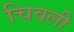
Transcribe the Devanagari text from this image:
चिवली